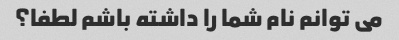
می توانم نام شما را داشته باشم لطفا؟